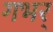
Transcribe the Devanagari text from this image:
गभर्